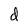
Character: d